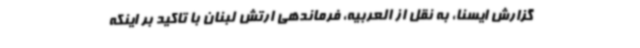
گزارش ایسنا، به نقل از العربیه، فرماندهی ارتش لبنان با تاکید بر اینکه